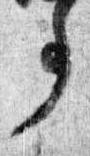
事